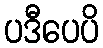
ပဒီပေပိ